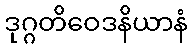
ဒုဂ္ဂတိဝေဒနိယာနံ